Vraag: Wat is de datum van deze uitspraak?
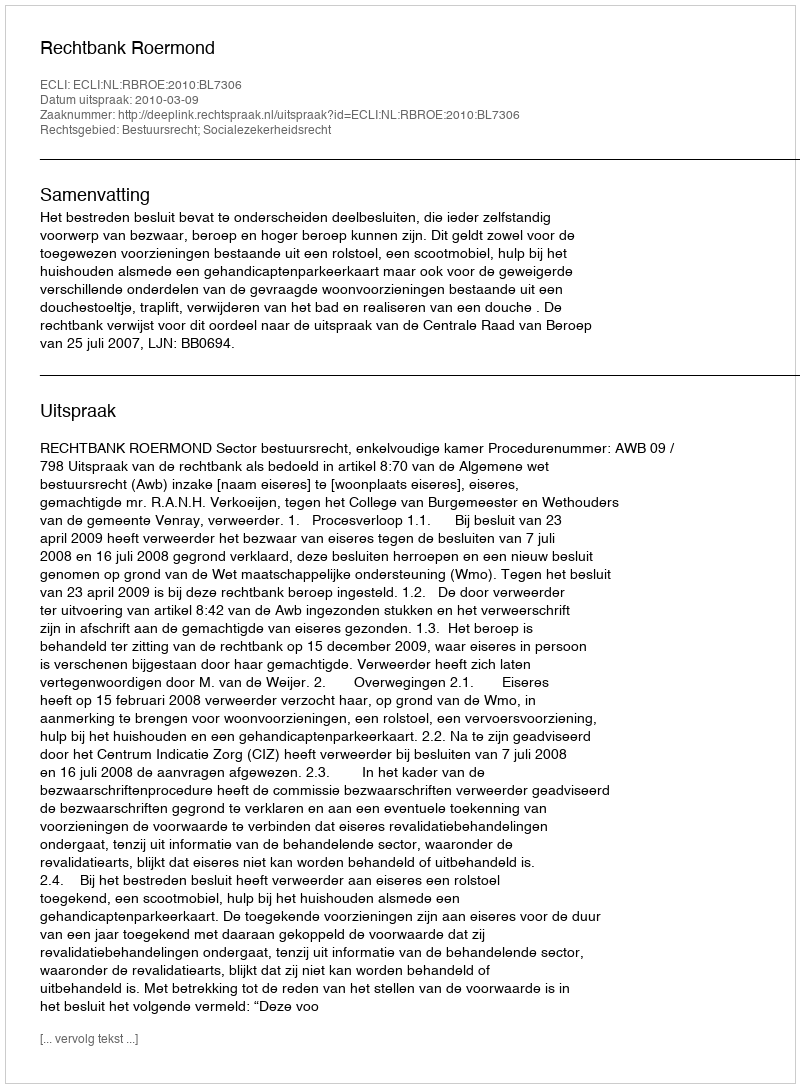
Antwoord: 2010-03-09